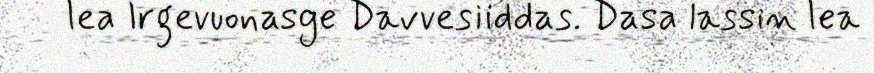
lea Irgevuonasge Davvesiiddas. Dasa lassin lea